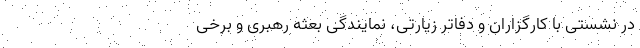
در نشستی با کارگزاران و دفاتر زیارتی، نمایندگی بعثه رهبری و برخی